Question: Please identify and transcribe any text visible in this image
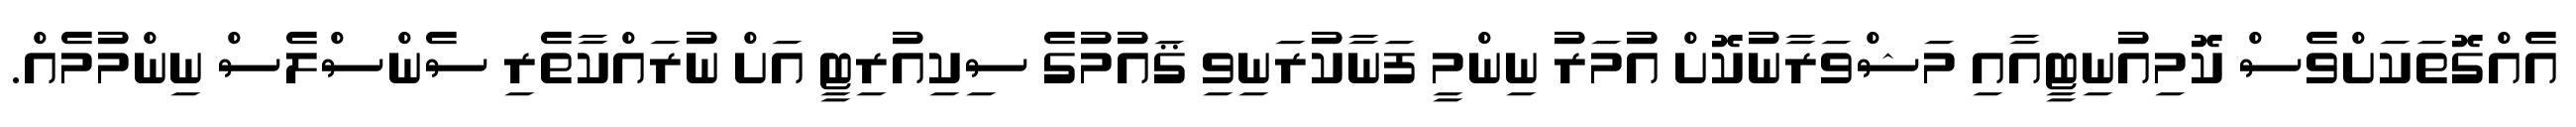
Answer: އެއްގޮތަކަށްވެސް ކޮމިއުނިޓީއާއި މަޝްވަރާނުކޮށް އުމަރު ނިންމީ ފަނާކުރަނިވި ޤައުމުގެ ސިކިއުރިޓީ އަށް ނުރައްކާތެރި ސެންސްލެސް ނިންމުމެއް.